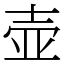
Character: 壶